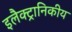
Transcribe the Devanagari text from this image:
इलैक्ट्रानिकीय